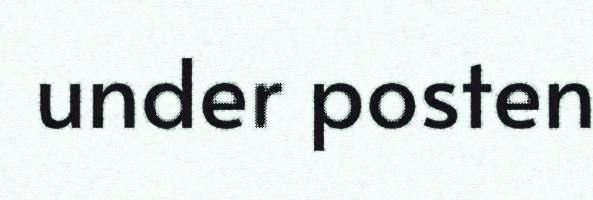
under posten